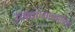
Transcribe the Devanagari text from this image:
उगवण्याकरीता